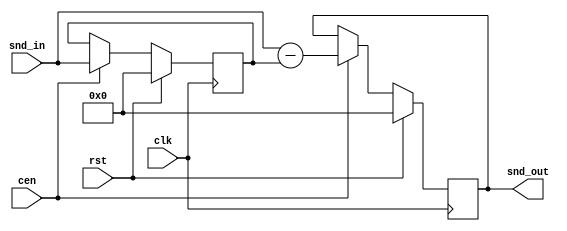
/* This file is part of JT12.

 
    JT12 program is free software: you can redistribute it and/or modify
    it under the terms of the GNU General Public License as published by
    the Free Software Foundation, either version 3 of the License, or
    (at your option) any later version.

    JT12 program is distributed in the hope that it will be useful,
    but WITHOUT ANY WARRANTY; without even the implied warranty of
    MERCHANTABILITY or FITNESS FOR A PARTICULAR PURPOSE.  See the
    GNU General Public License for more details.

    You should have received a copy of the GNU General Public License
    along with JT12.  If not, see <http://www.gnu.org/licenses/>.

    Author: Jose Tejada Gomez. Twitter: @topapate
    Version: 1.0
    Date: 10-12-2018
    
*/

module jt12_comb #(parameter 
    w=16,   // bit width
    m=1     // depth of comb filter
)(
    input               rst,
    input               clk,
(* direct_enable *)    input cen,
    input  signed [w-1:0] snd_in,
    output reg signed [w-1:0] snd_out
);

wire signed [w-1:0] prev;

// m-delay stage
generate
    genvar k;
    reg signed [w-1:0] mem[0:m-1];
    assign prev=mem[m-1];
    for(k=1;k<m;k=k+1) begin : mem_gen
        always @(posedge clk)
            if(rst) begin
                mem[k] <= {w{1'b0}};
            end else if(cen) begin
                mem[k] <= mem[k-1];
            end
    end
    // k=0 (I take out to avoid a warning about mem[k-1] when k is 0)
    always @(posedge clk)
        if(rst) begin
            mem[0] <= {w{1'b0}};
        end else if(cen) begin
            mem[0] <= snd_in;
        end    
endgenerate

// Comb filter at synthesizer sampling rate
always @(posedge clk)
    if(rst) begin
        snd_out <= {w{1'b0}};
    end else if(cen) begin
        snd_out <= snd_in - prev;
    end

endmodule // jt12_comb